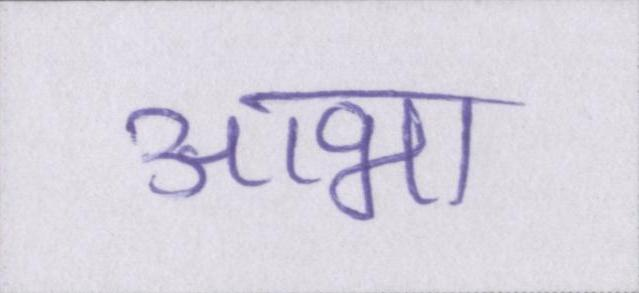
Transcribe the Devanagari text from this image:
आभा